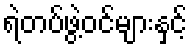
ရဲတပ်ဖွဲ့ဝင်များနှင့်